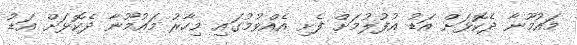
މައުމޫނާ ދެކޮޅަށް އަޑު އުފުލުމަށް ފެށި އެއްވުމުގައި މިހާރު މައުމޫނާ ދެކޮޅަށް އަޑު